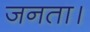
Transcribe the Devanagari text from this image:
जनता।